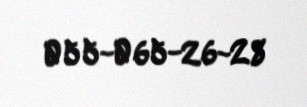
055-065-26-28